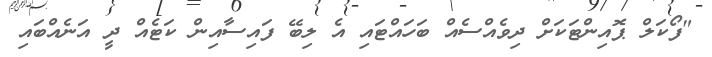
"ފޯކަލް ޕޮއިންޓަކަށް ދިވެއްސެއް ބަހައްޓައި އެ ލިބޭ ފައިސާއިން ކަޓެއް ދީ އަނެއްބައި